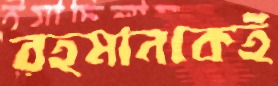
রহমানকেই